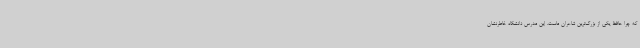
که چرا حافظ یکی از بزرگ‌ترین شاعران ماست. این مدرس دانشگاه خاطرنشان